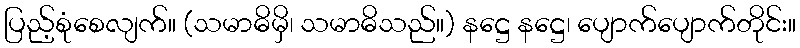
ပြည့်စုံစေလျက်။ (သမာဓိမှိ၊ သမာဓိသည်။) နဋ္ဌေ နဋ္ဌေ၊ ပျောက်ပျောက်တိုင်း။